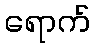
ရောက်